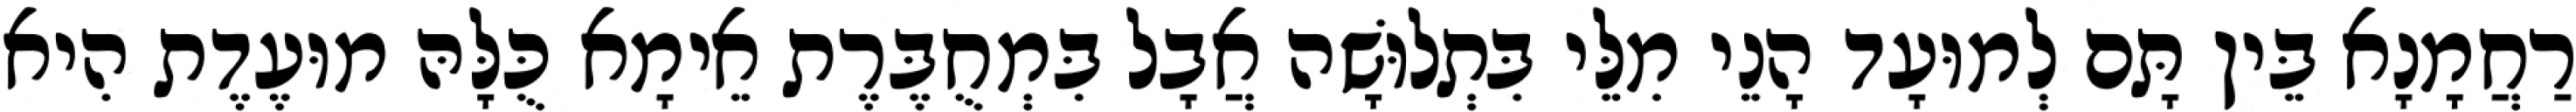
רַחֲמָנָא בֵּין תָּם לְמוּעָד הָנֵי מִלֵּי בִּתְלוּשָׁה אֲבָל בִּמְחֻבֶּרֶת אֵימָא כֻּלָּהּ מוּעֶדֶת הִיא